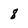
Character: 8